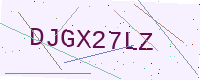
Text: DJGX27LZ